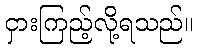
ငှားကြည့်လို့ရသည်။